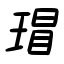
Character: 瑁